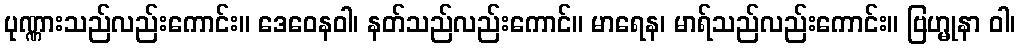
ပုဏ္ဏားသည်လည်းကောင်း။ ဒေဝေနဝါ၊ နတ်သည်လည်းကောင်။ မာရေန၊ မာရ်သည်လည်းကောင်း။ ဗြဟ္မုနာ ဝါ၊